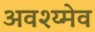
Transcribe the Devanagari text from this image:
अवश्य्मेव